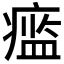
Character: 𱱞